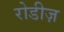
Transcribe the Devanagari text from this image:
रोडीज़